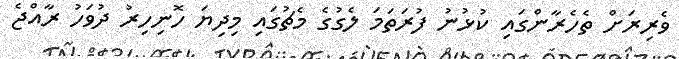
ވެރިރަށް ތެހެރާންގައި ކުޅުނު ފުރަތަމަ ލެގުގެ މެޗުގައި މިދިޔަ ހޮނިހިރު ދުވަހު ރާއްޖެ